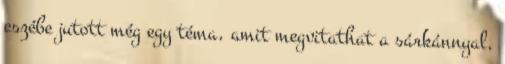
eszébe jutott még egy téma, amit megvitathat a sárkánnyal,